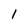
Character: 1